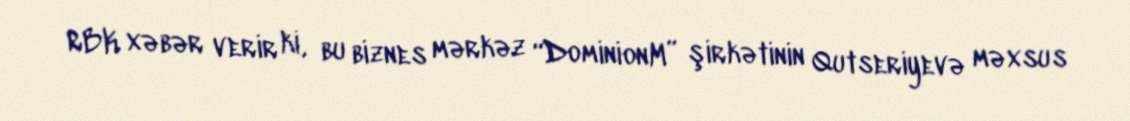
RBK xəbər verir ki, bu biznes mərkəz “DominionM” şirkətinin Qutseriyevə məxsus